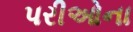
પરીઓના